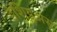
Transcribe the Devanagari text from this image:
डेशिडुअस